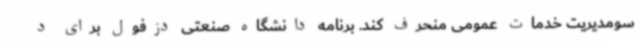
سومدیریت خدمات عمومی منحرف کند. برنامه دانشگاه صنعتی دزفول برای د